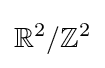
\mathbb {R} ^{2}/\mathbb {Z} ^{2}